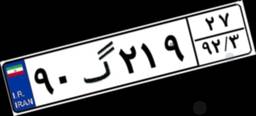
۳۶گ۸۴۶۳۶